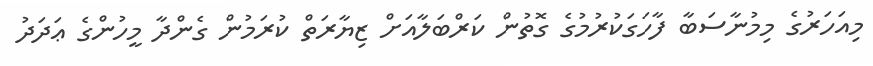
މިއަހަރުގެ މިމުނާސަބާ ފާހަގަކުރުމުގެ ގޮތުން ކަރްބަލާއަށް ޒިޔާރަތް ކުރަމުން ގެންދާ މީހުންގެ ޢަދަދު